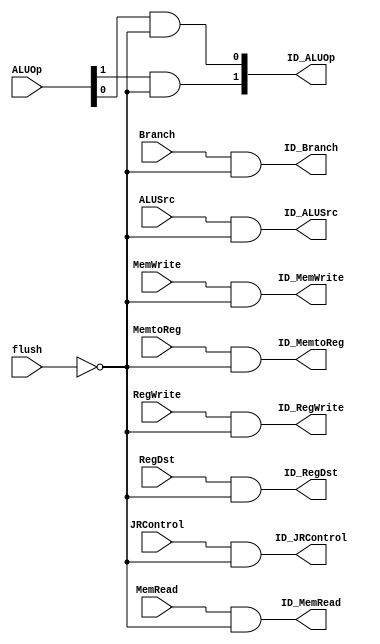
//Design of Flush control unit for control hazard

`timescale 1 ps / 100 fs
module flush_block(
ID_RegDst,ID_ALUSrc, ID_MemtoReg,ID_RegWrite,ID_MemRead,ID_MemWrite,
ID_Branch,ID_ALUOp,ID_JRControl,flush,RegDst,ALUSrc,MemtoReg,RegWrite,
MemRead,MemWrite,Branch,ALUOp,JRControl);

output ID_RegDst,ID_ALUSrc,ID_MemtoReg,ID_RegWrite,ID_MemRead,ID_MemWrite,ID_Branch,ID_JRControl;
output [1:0] ID_ALUOp;
input flush,RegDst,ALUSrc,MemtoReg,RegWrite,MemRead,MemWrite,Branch,JRControl;
input [1:0] ALUOp;

not #50 (notflush,flush);
and #50 and1(ID_RegDst,RegDst,notflush);
and #50 and2(ID_ALUSrc,ALUSrc,notflush);
and #50 and3(ID_MemtoReg,MemtoReg,notflush);
and #50 and4(ID_RegWrite,RegWrite,notflush);
and #50 and5(ID_MemRead,MemRead,notflush);
and #50 and6(ID_MemWrite,MemWrite,notflush);
and #50 and7(ID_Branch,Branch,notflush);
and #50 and8(ID_JRControl,JRControl,notflush);
and #50 and9(ID_ALUOp[1],ALUOp[1],notflush);
and #50 and10(ID_ALUOp[0],ALUOp[0],notflush);
endmodule

module Discard_Instr(ID_flush,IF_flush,jump,bne,jr);
output ID_flush,IF_flush;
input jump,bne,jr;
or #50 OR1(IF_flush,jump,bne,jr);
or #50 OR2(ID_flush,bne,jr);
endmodule